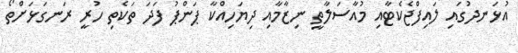
އުޅަނދުގައި ލައިފްޖެކެޓާއި މުއާސަލާތީ ނިޒާމާއި ދިޔަހިއްކާ ޕަންޕު ފަދަ ތަކެތި ހުރީ ރަނގަޅަށްތޯ